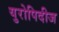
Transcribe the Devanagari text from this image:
युरोपिदीज